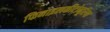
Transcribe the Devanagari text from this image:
फिनाइलकीटोनूरिया